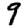
Digit: 9